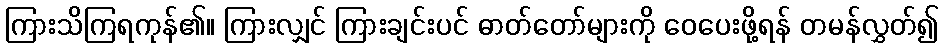
ကြားသိကြရကုန်၏။ ကြားလျှင် ကြားချင်းပင် ဓာတ်တော်များကို ဝေပေးဖို့ရန် တမန်လွှတ်၍